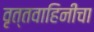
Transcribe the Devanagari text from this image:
वृत्तवाहिनीचा